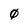
Character: 0